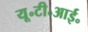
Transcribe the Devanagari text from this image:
यू॰टी॰आई॰